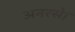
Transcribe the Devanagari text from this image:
अनरसे।